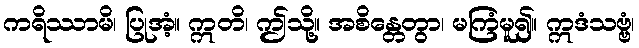
ကရိဿာမိ၊ ပြုအံ့။ ဣတိ၊ ဤသို့။ အစိန္တေတွာ၊ မကြံမူ၍။ ဣဒံသဗ္ဗံ၊